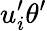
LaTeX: u_{i}^{\prime}\theta^{\prime}